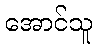
အောင်သူ